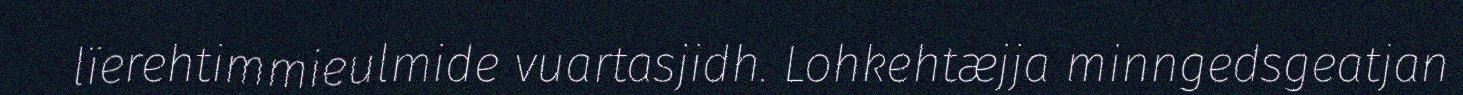
lïerehtimmieulmide vuartasjidh. Lohkehtæjja minngedsgeatjan